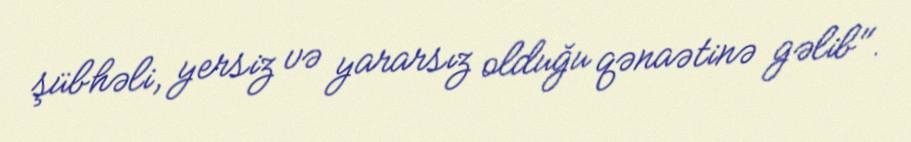
şübhəli, yersiz və yararsız olduğu qənaətinə gəlib".